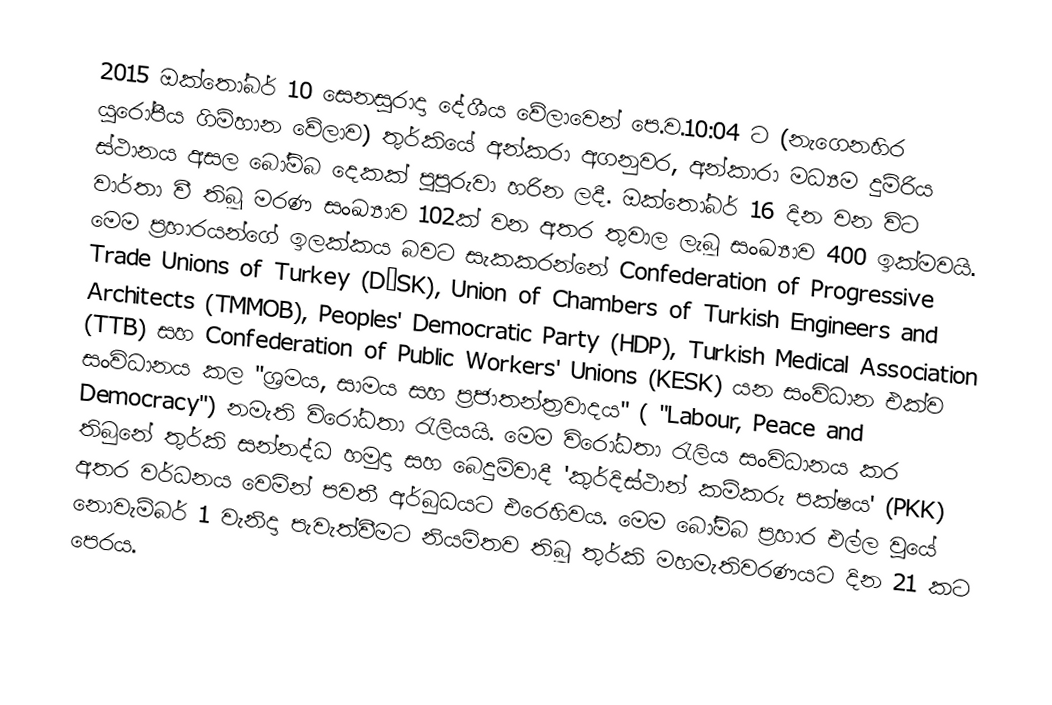
2015 ඔක්තෝබර් 10 සෙනසුරාදා දේශීය වේලාවෙන් පෙ.ව.10:04 ට (නැගෙනහිර යුරෝපීය ගිම්හාන වේලාව) තුර්කියේ අන්කරා අගනුවර, අන්කාරා මධ්‍යම දුම්රිය ස්ථානය අසල බෝම්බ දෙකක් පුපුරුවා හරින ලදී. ඔක්තෝබර් 16 දින වන විට වාර්තා වී තිබූ මරණ සංඛ්‍යාව 102ක් වන අතර තුවාල ලැබූ සංඛ්‍යාව 400 ඉක්මවයි. මෙම ප්‍රහාරයන්ගේ ඉලක්කය බවට සැකකරන්නේ Confederation of Progressive Trade Unions of Turkey (DİSK), Union of Chambers of Turkish Engineers and Architects (TMMOB), Peoples' Democratic Party (HDP), Turkish Medical Association (TTB) සහ Confederation of Public Workers' Unions (KESK) යන සංවිධාන එක්ව සංවිධානය කල "ශ්‍රමය, සාමය සහ ප්‍රජාතන්ත්‍රවාදය" ( "Labour, Peace and Democracy") නමැති විරෝධතා රැලියයි. මෙම විරෝධතා රැලිය සංවිධානය කර තිබුනේ තුර්කි සන්නද්ධ හමුදා සහ බෙදුම්වාදී 'කුර්දිස්ථාන් කම්කරු පක්ෂය' (PKK) අතර වර්ධනය වෙමින් පවතී අර්බුධයට එරෙහිවය. මෙම බෝම්බ ප්‍රහාර එල්ල වූයේ නොවැම්බර් 1 වැනිදා පැවැත්වීමට නියමිතව තිබූ තුර්කි මහමැතිවරණයට දින 21 කට පෙරය.